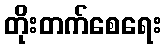
တိုးတက်စေရေး